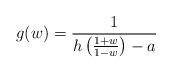
LaTeX: \begin{align*}g(w)=\frac{1}{h\left(\frac{1+w}{1-w}\right)-a}\end{align*}